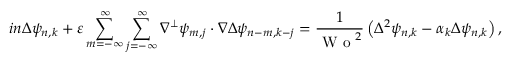
i n \Delta \psi _ { n , k } + \varepsilon \sum _ { m = - \infty } ^ { \infty } \sum _ { j = - \infty } ^ { \infty } \nabla ^ { \perp } \psi _ { m , j } \cdot \nabla \Delta \psi _ { n - m , k - j } = \frac { 1 } { \textrm { W o } ^ { 2 } } \left( \Delta ^ { 2 } \psi _ { n , k } - \alpha _ { k } \Delta \psi _ { n , k } \right) ,